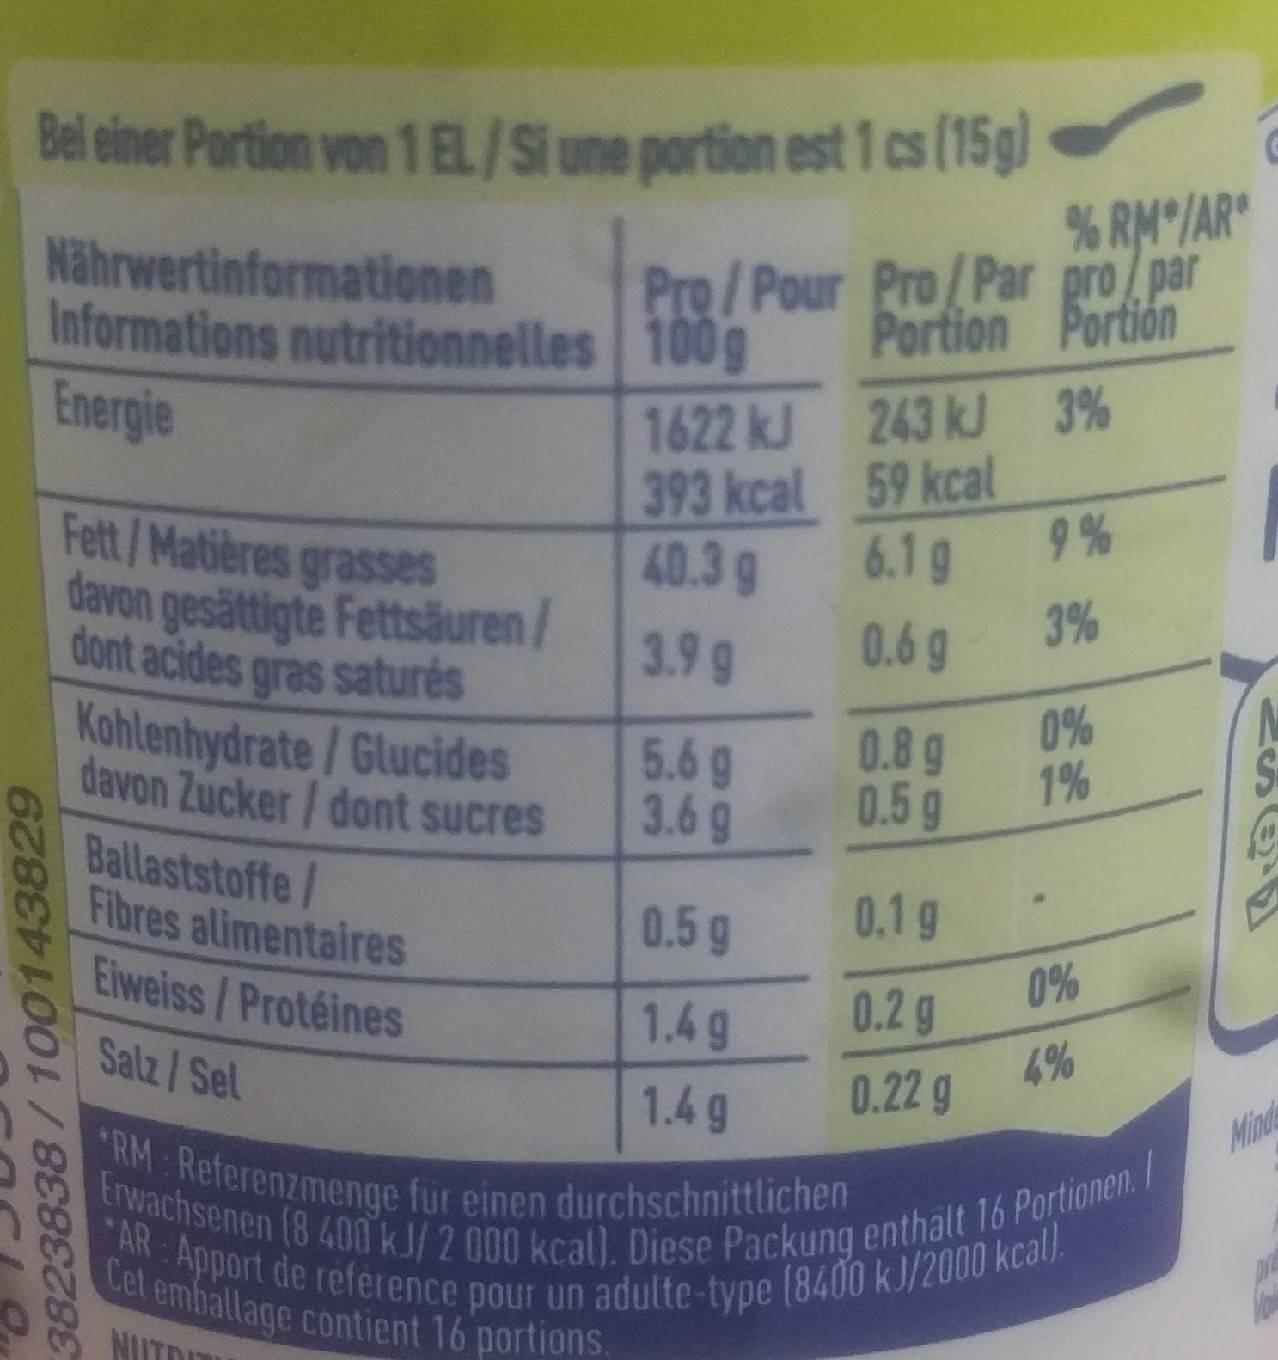
Bei einer Portion von 1 EL/Si une portion est 1 cs (15g)
Nährwertinformationen Informations nutritionnelles
Energie
3823838/100143829
Fett/Matières grasses davon gesättigte Fettsäuren/ dont acides gras saturés Kohlenhydrate/Glucides davon Zucker/dont sucres
Ballaststoffe/ Fibres alimentaires Eiweiss/Protéines
Salz/Sel
% RM*/AR*
Pro/Pour Pro/Par pro par 100g Portion Portion
3%
NUTRI
1622 kJ
393 kcal
40.3 g
3.9 g
5.6 g
3.6 g
0.5 g
1.4 g
1.4 g
243 kJ
59 kcal
6.1g
0.6 g
0.8 g
0.5 g
0.1 g
0.2 g
0.22 g
9%
3%
0%
1%
0%
*RM Referenzmenge für einen durchschnittlichen Erwachsenen (8 400 kJ/ 2 000 kcal). Diese Packung enthalt 16 Portionen. AR Apport de reference pour un adulte-type (8400 kJ/2000 kcal)
Cet emballage contient 16 portions.
4%
Minde